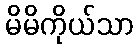
မိမိကိုယ်သာ